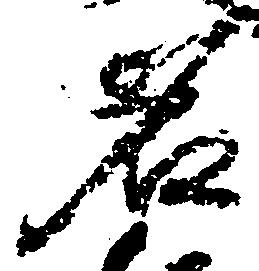
名